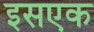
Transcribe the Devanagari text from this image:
इसएक